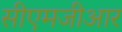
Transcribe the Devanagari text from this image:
सीएमजीआर